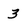
Character: 3